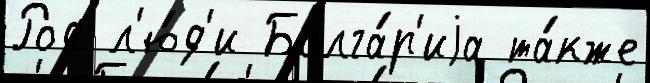
Род л'ю́д'и Болга́р'иjа та́кже